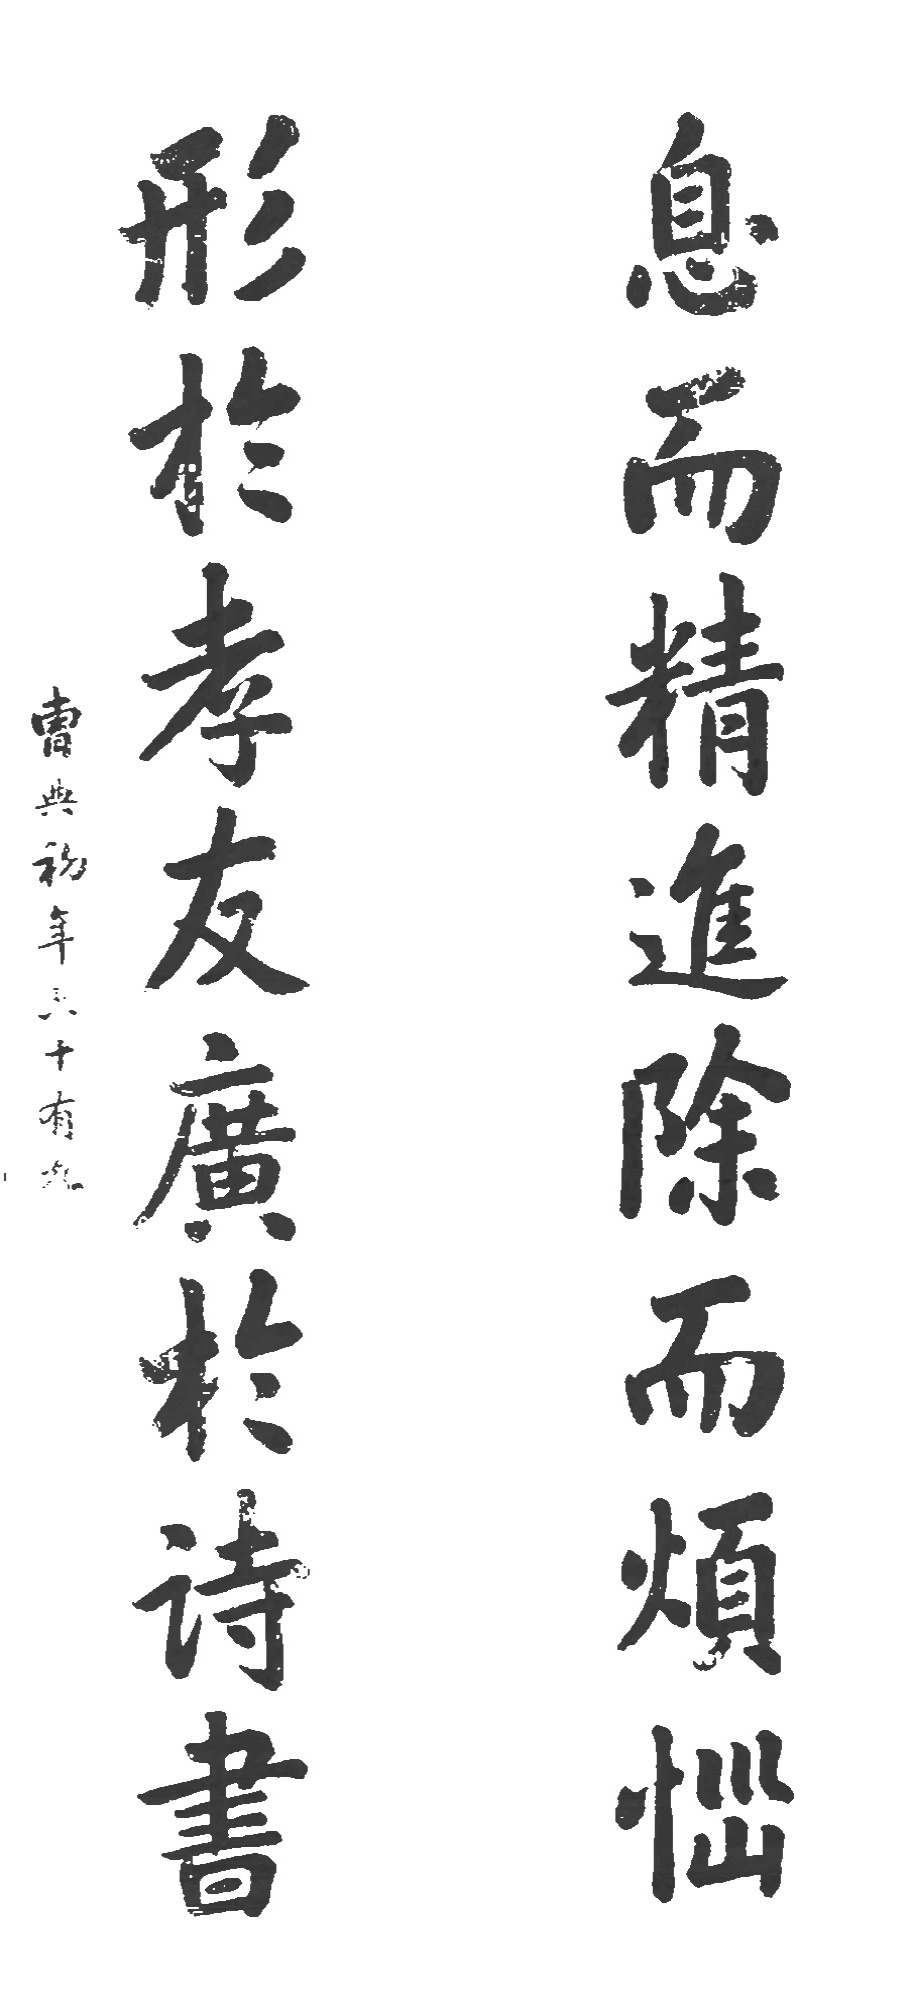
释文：息而精进除而烦恼，形于孝友广于诗书。曹典初年六十有九。